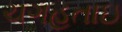
ચગહતાઇ